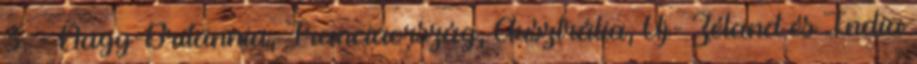
3. - Nagy-Britannia, Franciaország, Ausztrália, Új- Zéland és India